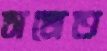
সমেত